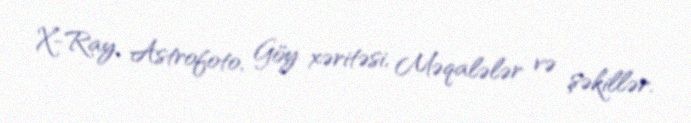
X-Ray, Astrofoto, Göy xəritəsi, Məqalələr və şəkillər.